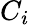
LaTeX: C_{i}